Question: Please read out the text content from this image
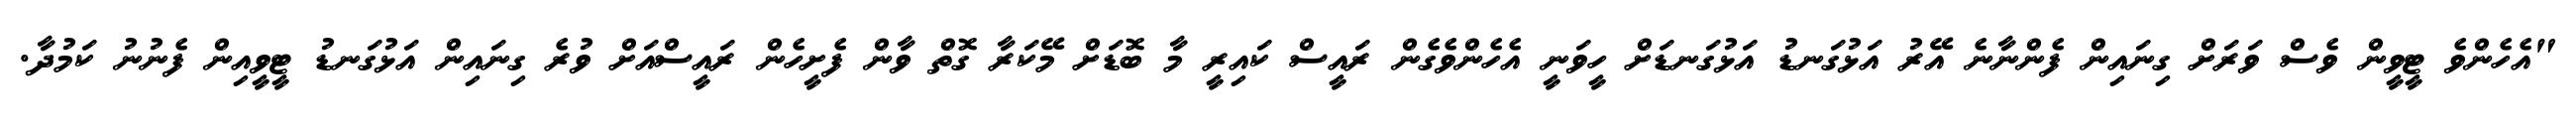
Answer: "އެހެންވެ ޓީވީން ވެސް ވަރަށް ގިނައިން ފެންނާނެ އޭރު އަޅުގަނޑު އަޅުގަނޑަށް ހީވަނީ އެހެންވެގެން ރައީސް ކައިރީ މާ ބޮޑަށް މޭކަރާ ގޮތް ވާން ފެށީހެން ރައީސްއަށް ވުރެ ގިނައިން އަޅުގަނޑު ޓީވީއިން ފެނުނު ކަމުދާ.